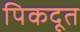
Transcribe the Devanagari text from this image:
पिकदूत